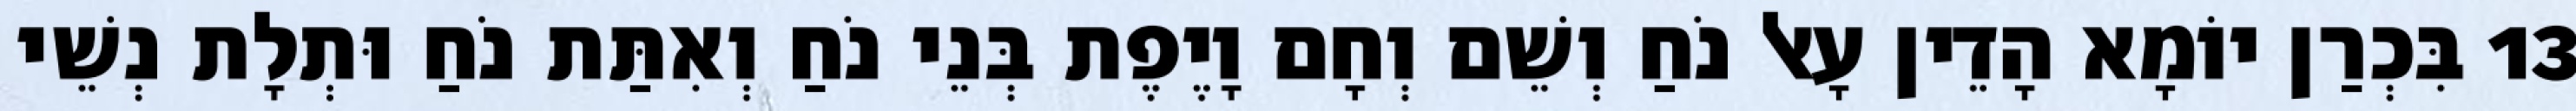
13 בִּכְרַן יוֹמָא הָדֵין עָאל נֹחַ וְשֵׁם וְחָם וָיֶפֶת בְּנֵי נֹחַ וְאִתַּת נֹחַ וּתְלָת נְשֵׁי